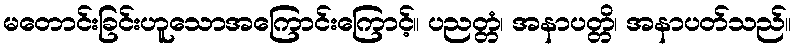
မတောင်းခြင်းဟူသောအကြောင်းကြောင့်။ ပညတ္တံ၊ အနာပတ္တိ၊ အနာပတ်သည်။